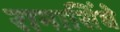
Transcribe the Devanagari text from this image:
रानासिंघे